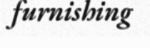
furnishing